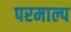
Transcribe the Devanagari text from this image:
परमाल्प